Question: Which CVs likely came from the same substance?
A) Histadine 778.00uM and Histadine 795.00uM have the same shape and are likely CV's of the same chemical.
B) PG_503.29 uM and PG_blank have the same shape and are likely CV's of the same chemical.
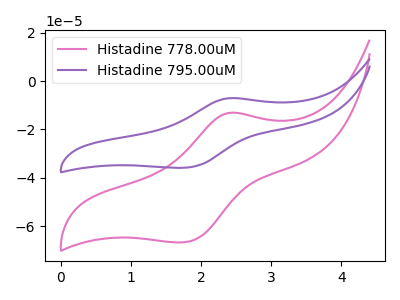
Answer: <think>The pink curve "Histadine 778.00uM" has an anodic peak at (2.40V, -13.15uA) and a cathodic peak at (1.75V, -66.75uA). The purple curve "Histadine 795.00uM" has an anodic peak at (2.40V, -7.05uA) and a cathodic peak at (1.75V, -35.90uA).
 All the peaks in "Histadine 778.00uM" have a peak in "Histadine 795.00uM" at the same potential.</think>
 <answer>A) "Histadine 778.00uM" and "Histadine 795.00uM" have the same shape and are likely CV's of the same chemical.</answer>
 <eval>A</eval>